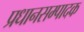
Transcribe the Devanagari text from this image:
प्रधानसम्पादक